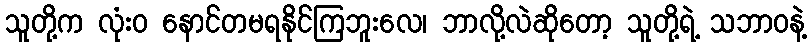
သူတို့က လုံးဝ နောင်တမရနိုင်ကြဘူးလေ၊ ဘာလို့လဲဆိုတော့ သူတို့ရဲ့ သဘာဝနဲ့